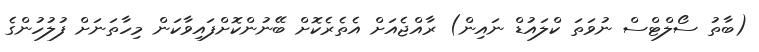
(ބާތު ސޯލްޓްސް ނުވަތަ ކްލައުޑް ނައިން) ރާއްޖެއަށް އެތެރެކޮށް ބޭނުންކޮށްފައިވާކަން މިހާތަނަށް ފުލުހުންގެ